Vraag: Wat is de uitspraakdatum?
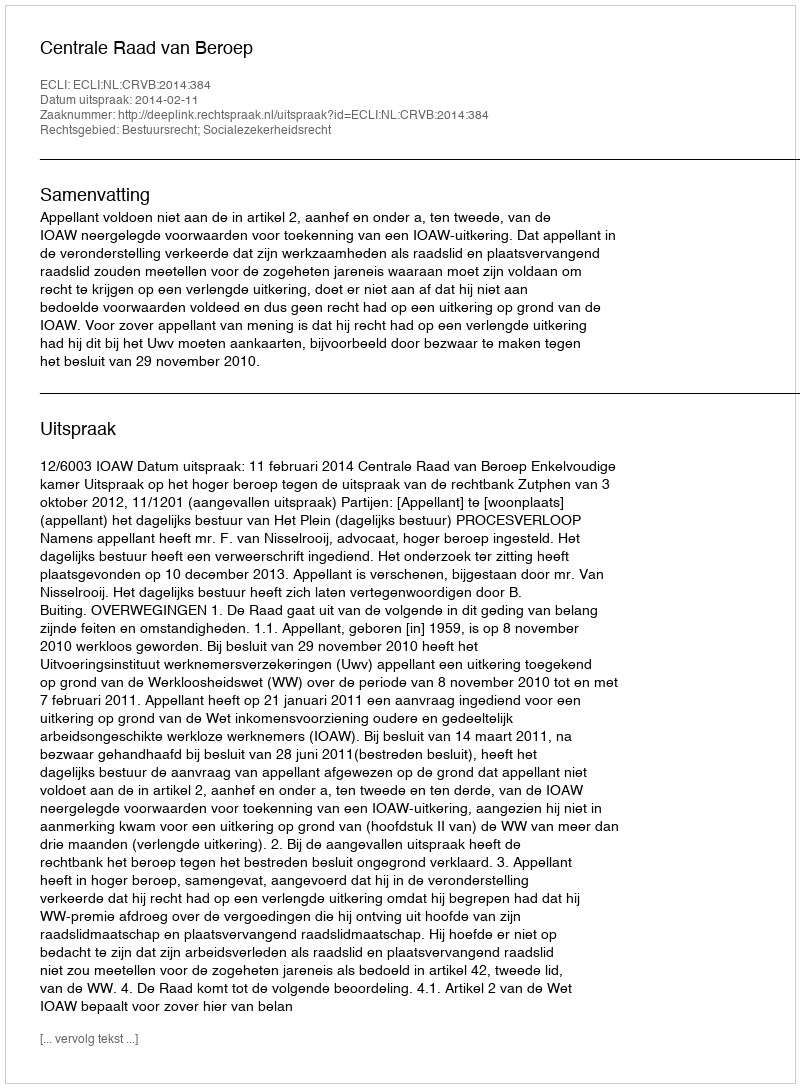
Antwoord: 2014-02-11